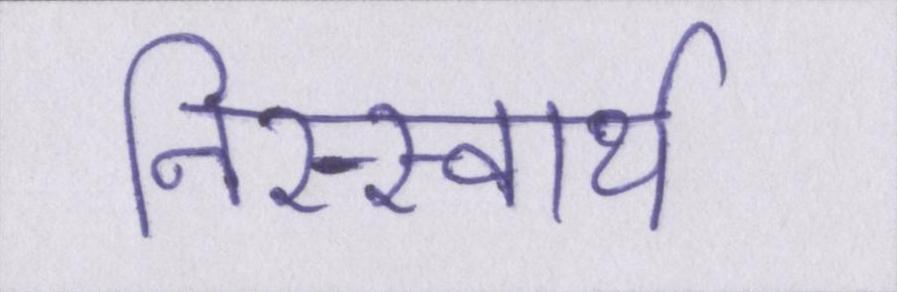
निस्स्वार्थ